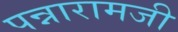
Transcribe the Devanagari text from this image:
पन्नारामजी